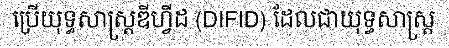
ប្រើយុទ្ធសាស្ត្រឌីហ្វីដ (DIFID) ដែលជាយុទ្ធសាស្ត្រ